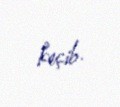
keçib.